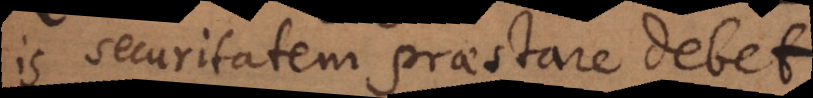
is securitatem praestare debet